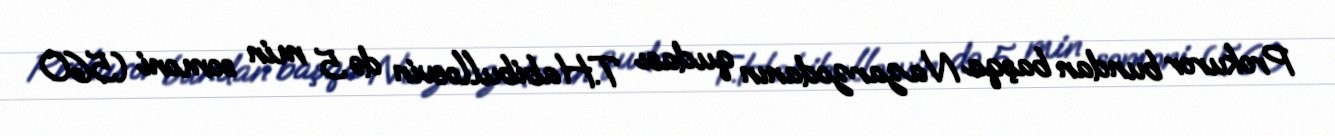
Prokuror bundan başqa Nazarzodanın qudası T.Habibulloevin də 5 min somoni (560